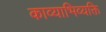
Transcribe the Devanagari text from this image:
काव्याभिव्यक्ति